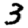
Digit: 3